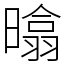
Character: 㬛